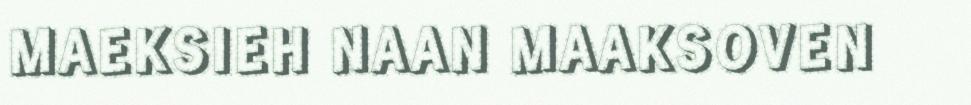
MAEKSIEH NAAN MAAKSOVEN